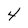
Character: 4